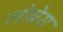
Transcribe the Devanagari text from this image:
लोबेरा